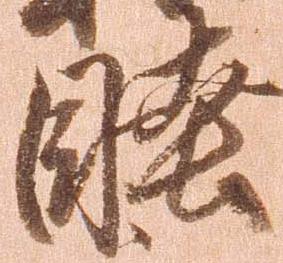
睦